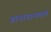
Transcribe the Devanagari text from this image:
जाधावान्प्रमाणे